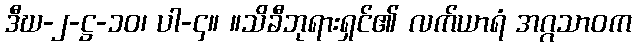
ဒီဃ-၂-ဋ္ဌ-၁၀၊ ပါ-၄။ ။သိခီဘုရားရှင်၏ လက်ယာရံ အဂ္ဂသာဝက